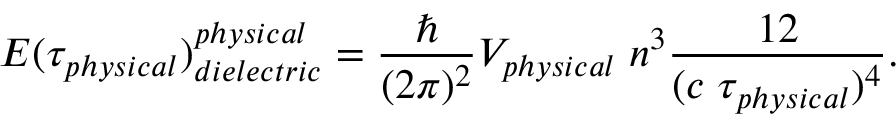
E ( \tau _ { \small p h y s i c a l } ) _ { \small d i e l e c t r i c } ^ { \small p h y s i c a l } = { \frac { \hbar } { ( 2 \pi ) ^ { 2 } } } V _ { \small p h y s i c a l } \; n ^ { 3 } { \frac { 1 2 } { ( c \; \tau _ { \small p h y s i c a l } ) ^ { 4 } } } .